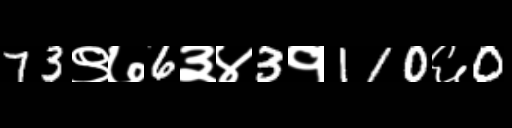
Text: 73९७6३४3१110६0